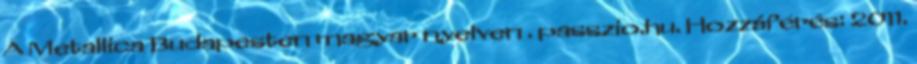
A Metallica Budapesten magyar nyelven . passzio.hu. Hozzáférés: 2011.